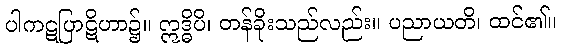
ပါကဋပြာဋိဟာ၌။ ဣဒ္ဓိပိ၊ တန်ခိုးသည်လည်း။ ပညာယတိ၊ ထင်၏။